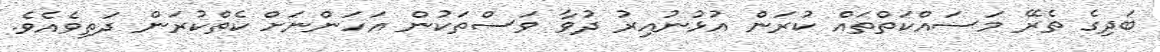
ބަދިގެ ތެރޭ މަސައްކަތްތައް ކުރަން އުޅުނުއިރު ދުވާ ވަސްތަކުން އަހަންނަށް ކެތްކުރަން ދަތިވެއެވެ.